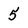
Character: 5